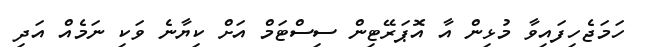
ހަމަޖެހިފައިވާ މުޅިން އާ އޮޕަރޭޓިން ސިސްޓަމް އަށް ކިޔާނެ ވަކި ނަމެއް އަދި